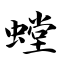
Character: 螳